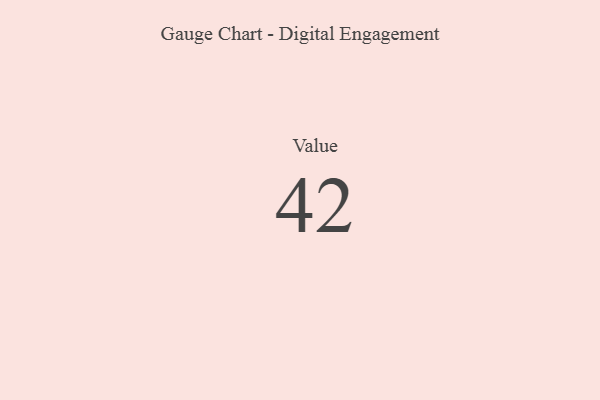
{"axis": {"x": "Metric", "y": "Value"}, "legend": [""], "data": [{"x": "Value", "y": 42, "type": ""}]}